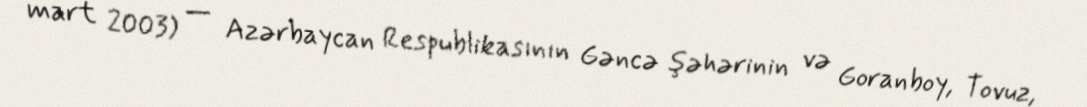
mart 2003) — Azərbaycan Respublikasının Gəncə şəhərinin və Goranboy, Tovuz,